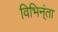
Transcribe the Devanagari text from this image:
विभिन्ंता